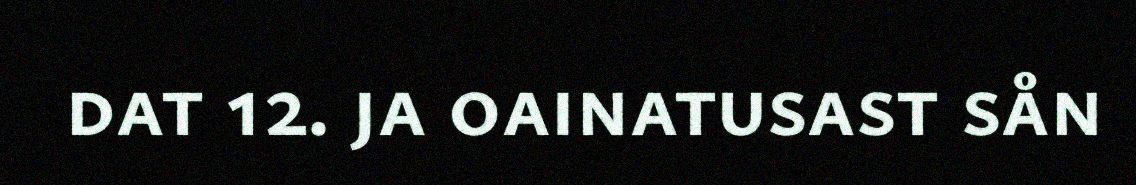
dat 12. ja oainatusast sån